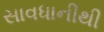
સાવધાનીથી